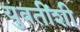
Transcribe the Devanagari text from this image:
युवतींशी